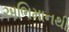
અભિમાનથી